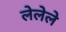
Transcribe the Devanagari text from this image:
लेलेले